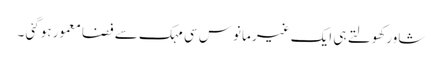
شاور کھولتے ہی ایک غیر مانوس سی مہک سے فضا معمور ہوگئی ۔